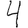
Digit: 4